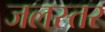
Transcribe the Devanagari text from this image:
जलस्‍तर